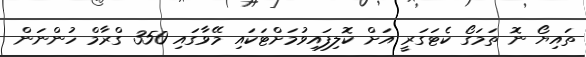
ތައިޔޯ ނޮ ތަމަގޯ ކެޓަގަރީ އަށް ކޮލިފައިވުމަށްޓަކައި މޭވާގައި 350 ގްރާމް ހުންނަން